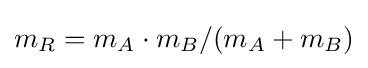
m_{R}=m_{A}\cdot m_{B}/(m_{A}+m_{B})